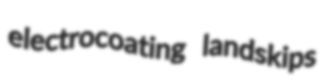
electrocoating landskips